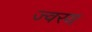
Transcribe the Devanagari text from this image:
ज्वरय